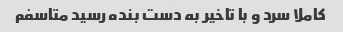
کاملا سرد و با تاخیر به دست بنده رسید متاسفم